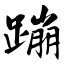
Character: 蹦